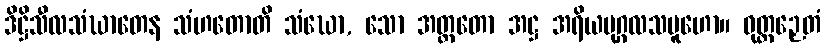
ဒိဋ္ဌိသီလသံဃာတေန သံဟတောတိ သံဃော, သော အတ္ထတော အဋ္ဌ အရိယပုဂ္ဂလသမူဟော။ ဝုတ္တဉှေတံ